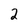
Character: 2